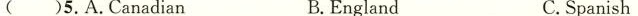
( )5.A.Canadian B.England C.Spanish